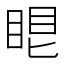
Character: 𥆢